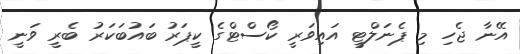
އޭނާ ޖެހި މި ޕެނަލްޓީ އައިވަރީ ކޯސްޓްގެ ކީޕަރު ބައުބަކަރު ބެރީ ވަނީ